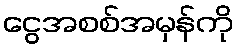
ငွေအစစ်အမှန်ကို